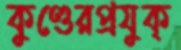
কুণ্ডেরপ্রযুক্